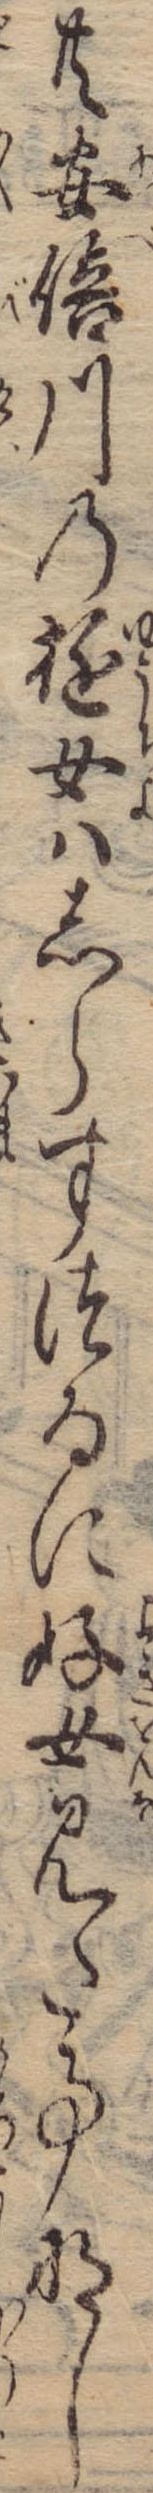
共安倍川の遊女はしらすつゐに好女見た事なし